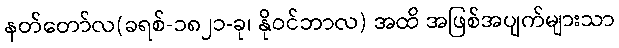
နတ်တော်လ(ခရစ်-၁၈၂၁-ခု၊ နိုဝင်ဘာလ) အထိ အဖြစ်အပျက်များသာ